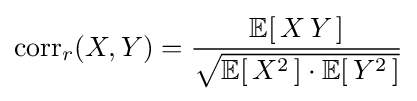
\operatorname {corr} _{r}(X,Y)={\frac {\operatorname {\mathbb {E} } [\,X\,Y\,]}{\sqrt {\operatorname {\mathbb {E} } [\,X^{2}\,]\cdot \operatorname {\mathbb {E} } [\,Y^{2}\,]}}}